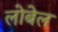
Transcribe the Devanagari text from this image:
लोबेल